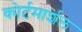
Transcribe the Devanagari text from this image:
कोर्टमार्शल